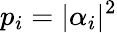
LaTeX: p_{i}=|\alpha_{i}|^{2}